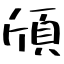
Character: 頎